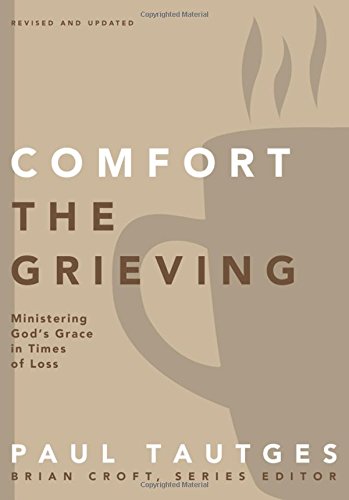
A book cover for Comfort the Grieving: Ministering God's Grace in Times of Loss (Practical Shepherding Series); Paul Tautges; Christian Books & Bibles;